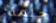
حلمة